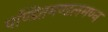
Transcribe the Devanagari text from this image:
पण्डितमण्डलमण्न